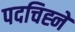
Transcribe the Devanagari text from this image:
पदचिह्नें